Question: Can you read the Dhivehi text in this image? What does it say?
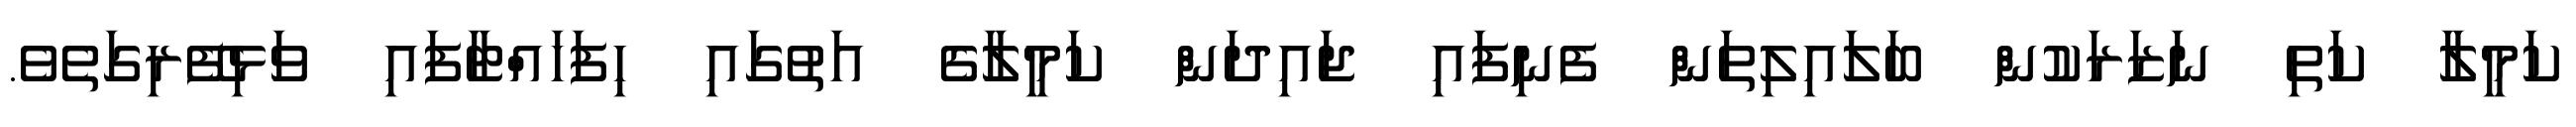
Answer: ކަމީލާ ކަތި ނަޒަރަކުން ބަލައިލިތަން ފެނިފައި ޖައިދަން ކަމީލާގެ އަތުގައި ހިފަހައްޓާފައި ވަޅިފޭރިގަތެވެ.